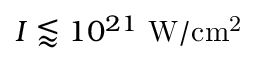
I \lessapprox 1 0 ^ { 2 1 } \ \mathrm { W / c m ^ { 2 } }